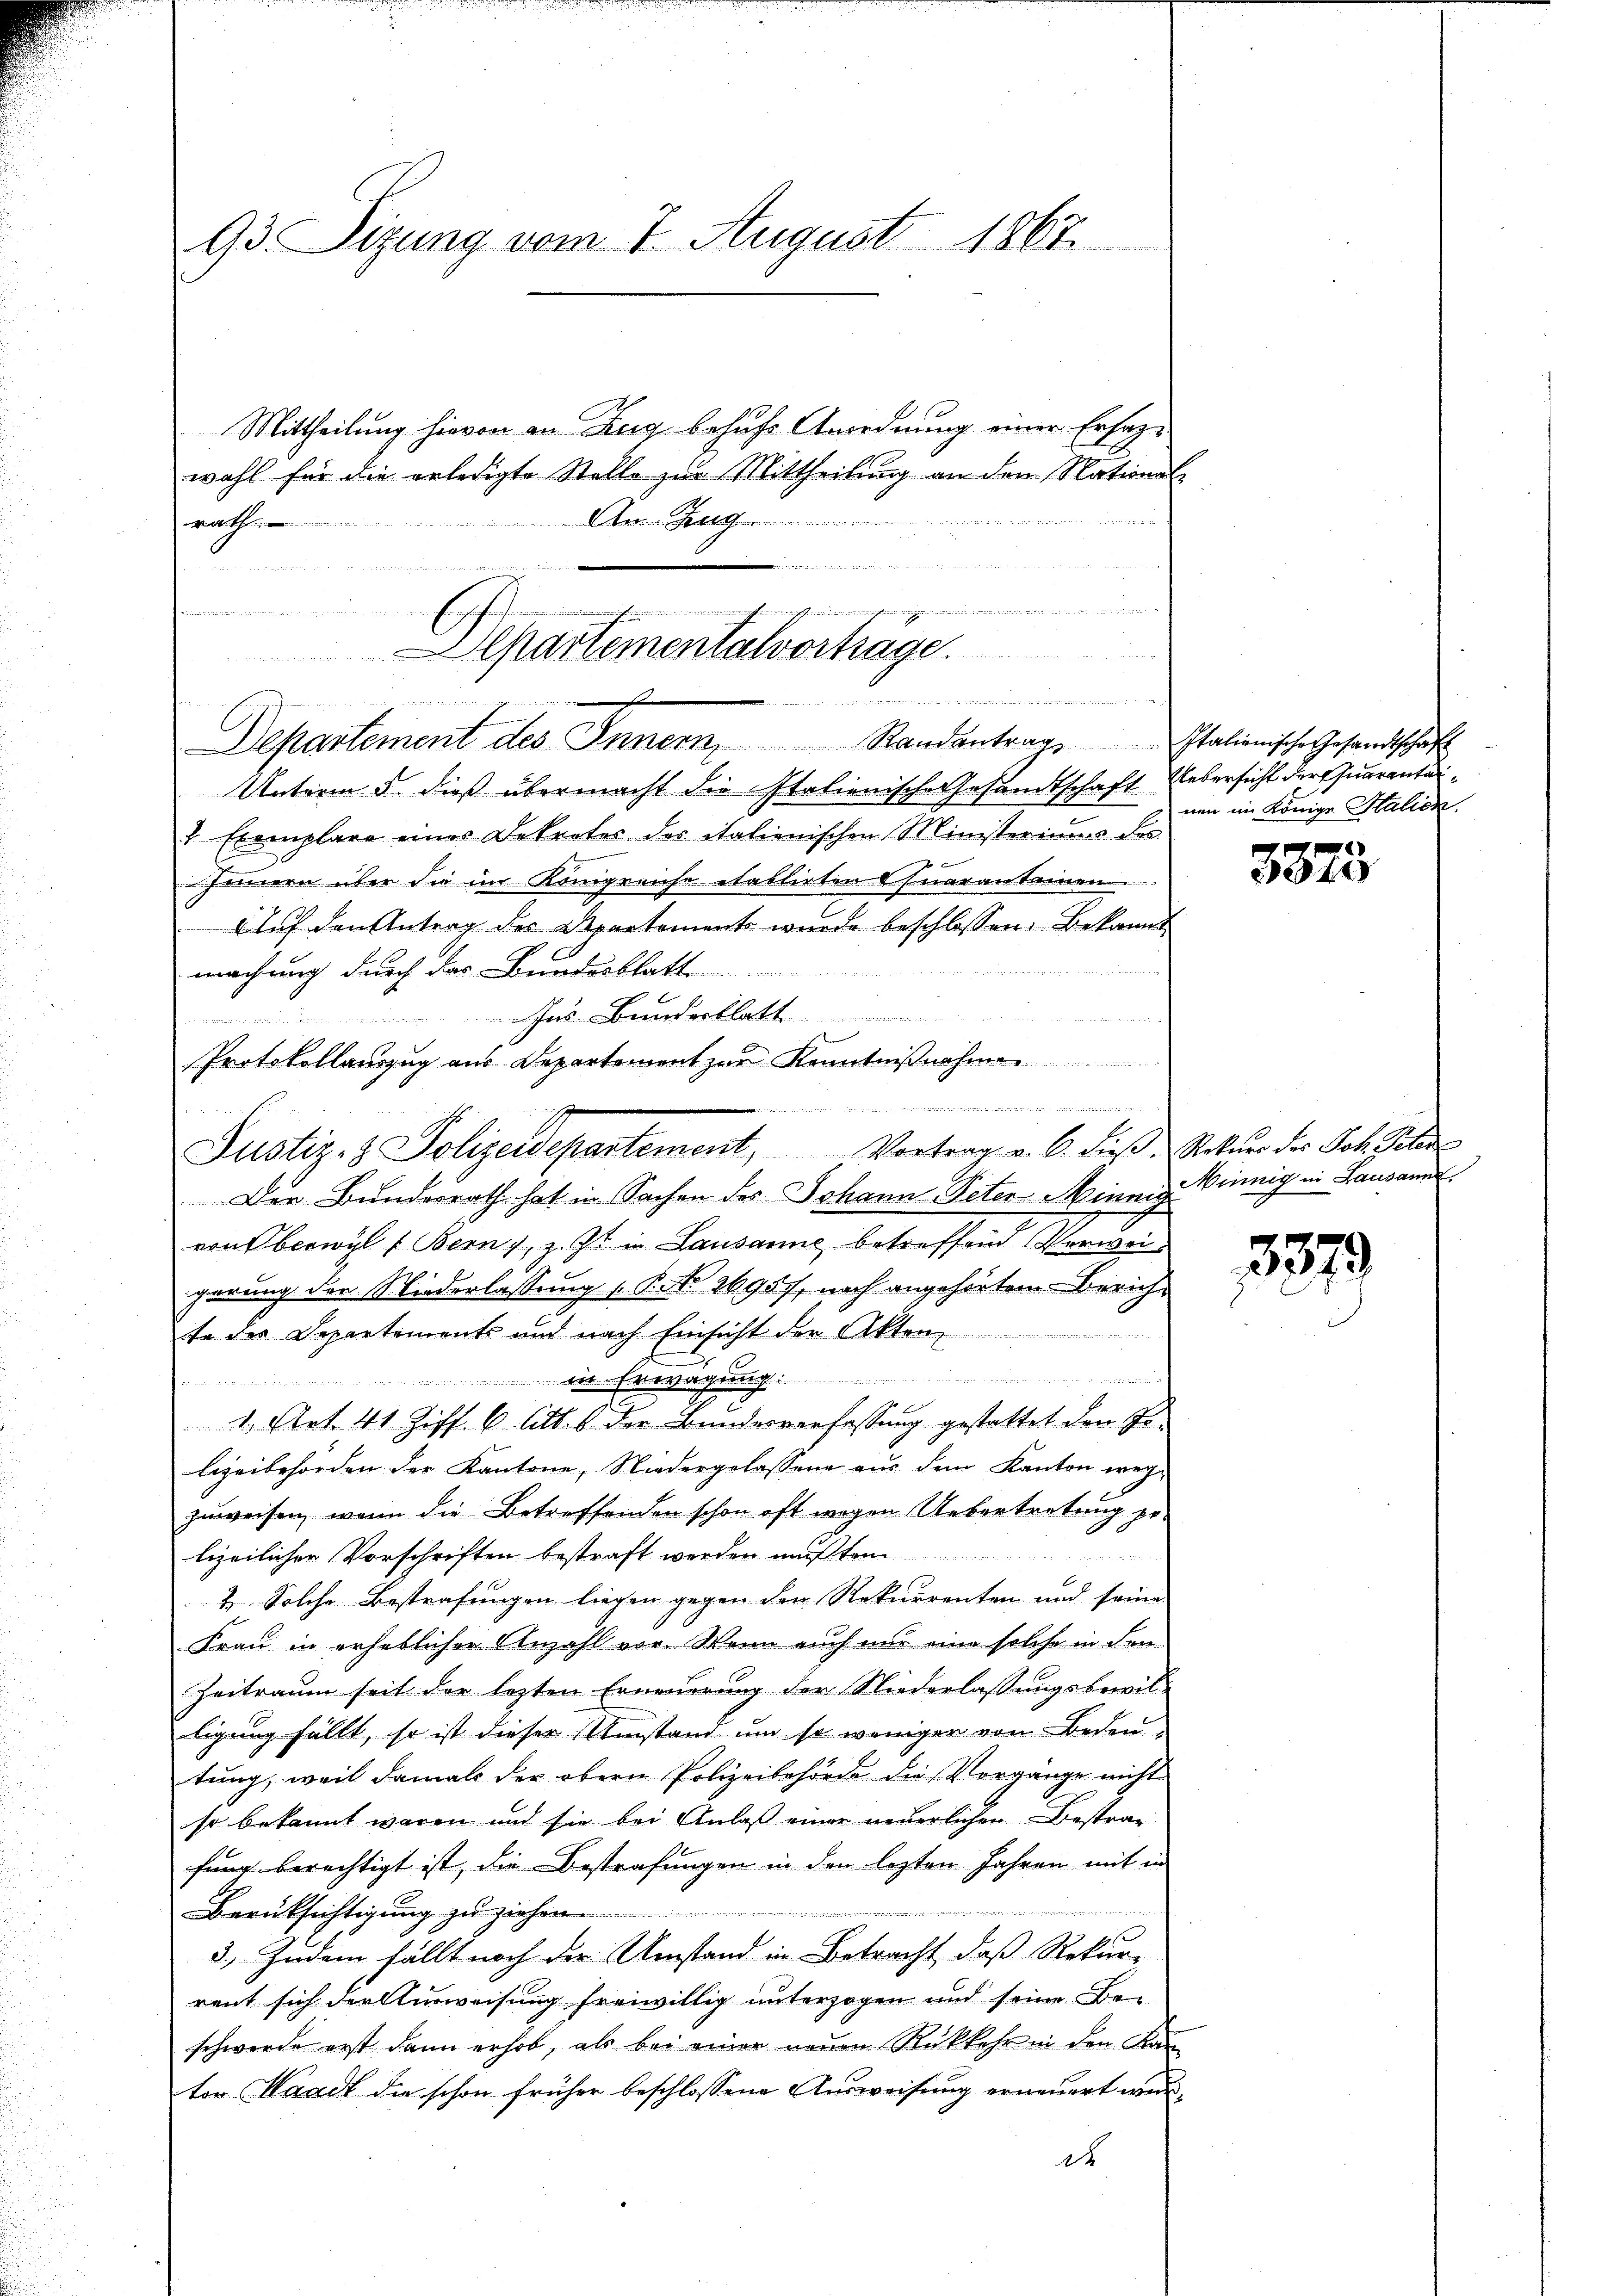
93. Sizung vom 7. August 1867.

Mittheilung hievon an Zug behufs Anordnung einer Ersatwohl für die erledigte Stelle zur Mittheilung an den National-

Zug
tchen schrift ein werden in den werden de
5
  d          143 1882
in hinein in mei in ein meinen müssen erwaff
 114 Anmeldert der
Departementalvortrage

e
Departement des Innern, Randantrag Italienische Gesandtschaft

rat

Unterm 5. dieß übermacht die Italienische Gesandtschaft Uebersicht der Quaranta¬
2 Exemplare eines Dekreter der italienischen Ministeriums des
Innern über die im Königreiche etablirten Quarantainen
Auf den Antrag des Departements wurde beschlossen: Bekannt
machung durch das Bundesblatt
u
Ins Bundesblatt
Protokollauszug aus Departement zur Kenntnißnahme
Justiz- & Polizeidepartement, Vortrag v. 6. dieβ " Rekŭrr des Joh. Gele
Der Bundesrath hat in Sachen des Johann Peter Minnig
vonberwyl (Bern, z. Zt. in Lausanne betreffend Verweigerung der Niederlassung 1. P. Nr. 26957, nach angehörtem Zürichte des Departements und nach Einsicht der Akten,
in Erwägung
. an diesen wenn den un
1., Art. 41 Ziff. 6 litt. 1 der Bundesverfassung gestattet den Fr.
lizeibehörden der Kantone, Niedergelassene aus dem Kanton wegzuweisen, wenn die Betreffenden schon oft wegen Uebertretung gelizeilicher Vorschriften bestraft werden mußte
2. Solche Bestrafungen liegen gegen den Rekurrenten und seine
Frau in erheblicher Anzahl vor. Wenn auch nur eine solche in den
Zeitraum seit der lezten Erneuerung der Niederlassungsbewil-
ligung fällt, so ist dieser Umstand um so weniger von Bedeu
tung, weil damals der obern Polizeibehörde die Vorgänge nicht
so bekannt waren und sie bei Anlaß einer neuerlichen Bestrafung berechtigt ist, die Bestrafungen in den lezten Jahren mit in
i
Berücksichtigung zu ziehen.
1 f
3. Zudem fällt noch der Umstand in Betracht, daß Rekur
rent sich der Ausweisung freiwillig unterzogen und seine Beschwerde erst dann erhob, als bei einer neuen Rükkehr in den Kan
tor Waadt die schon früher beschlossene Ausweisung erneuert were

imer

nen im Königl. Stalien,

3873

Minnig in Lausann

3379